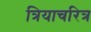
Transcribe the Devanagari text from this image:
त्रियाचरित्र